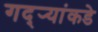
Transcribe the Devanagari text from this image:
गद्र्‍यांकडे